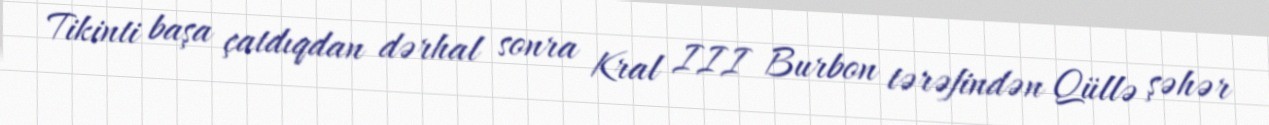
Tikinti başa çatdıqdan dərhal sonra Kral III Burbon tərəfindən Qüllə şəhər